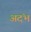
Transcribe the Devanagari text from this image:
अदंभ